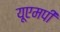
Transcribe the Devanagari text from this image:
यूएमपी